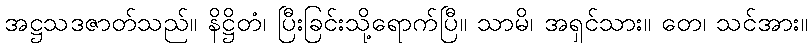
အဋ္ဌသဒဇာတ်သည်။ နိဋ္ဌိတံ၊ ပြီးခြင်းသို့ရောက်ပြီ။ သာမိ၊ အရှင်သား။ တေ၊ သင်အား။